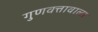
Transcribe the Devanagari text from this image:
गुणवत्तावाला